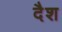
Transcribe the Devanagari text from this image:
दैश